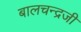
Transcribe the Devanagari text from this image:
बालचन्द्रजी